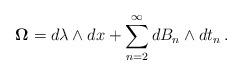
LaTeX: \begin{align*}{\bf\Omega} = d\lambda\wedge dx + \sum_{n=2}^\infty d B_n \wedge d t_n\,.\end{align*}